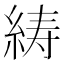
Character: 𦀳